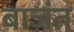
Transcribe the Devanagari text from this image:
बाजंत